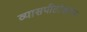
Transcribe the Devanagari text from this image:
व्यासपीठांवरून